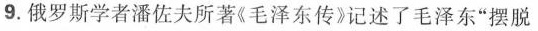
9.俄罗斯学者潘佐夫所著《毛泽东传》记述了毛泽东”摆脱